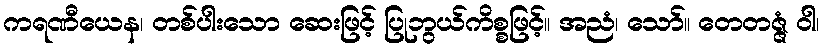
ကရဏီယေန၊ တစ်ပါးသော ဆေးဖြင့် ပြုဘွယ်ကိစ္စဖြင့်။ အညံ၊ သော်။ တေတဇ္ဇံ ဝါ၊